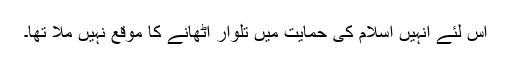
اس لئے انہیں اسلام کی حمایت میں تلوار اٹھانے کا موقع نہیں ملا تھا۔